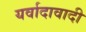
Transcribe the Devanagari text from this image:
यर्वादावादी